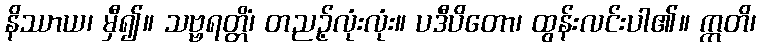
နိဿာယ၊ မှီ၍။ သဗ္ဗရတ္တိံ၊ တညဉ့်လုံးလုံး။ ပဒီပိတော၊ ထွန်းလင်းပါ၏။ ဣတိ၊